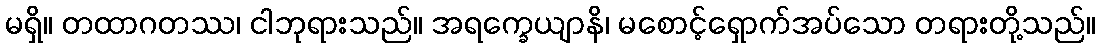
မရှိ။ တထာဂတဿ၊ ငါဘုရားသည်။ အရက္ခေယျာနိ၊ မစောင့်ရှောက်အပ်သော တရားတို့သည်။